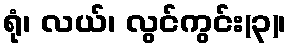
ရုံ၊ လယ်၊ လွင်ကွင်း(၃)၊